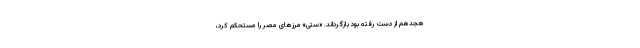
هجدهم از دست رفته بود بازگرداند. «ستی» مرز‌های مصر را مستحکم کرد،